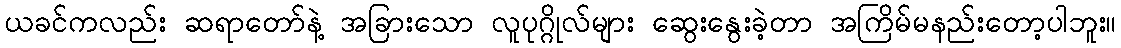
ယခင်ကလည်း ဆရာတော်နဲ့ အခြားသော လူပုဂ္ဂိုလ်များ ဆွေးနွေးခဲ့တာ အကြိမ်မနည်းတော့ပါဘူး။